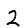
Digit: 2